Assam Mental Hospital (Tezpur, India) - 1933-1948
Year: 1933
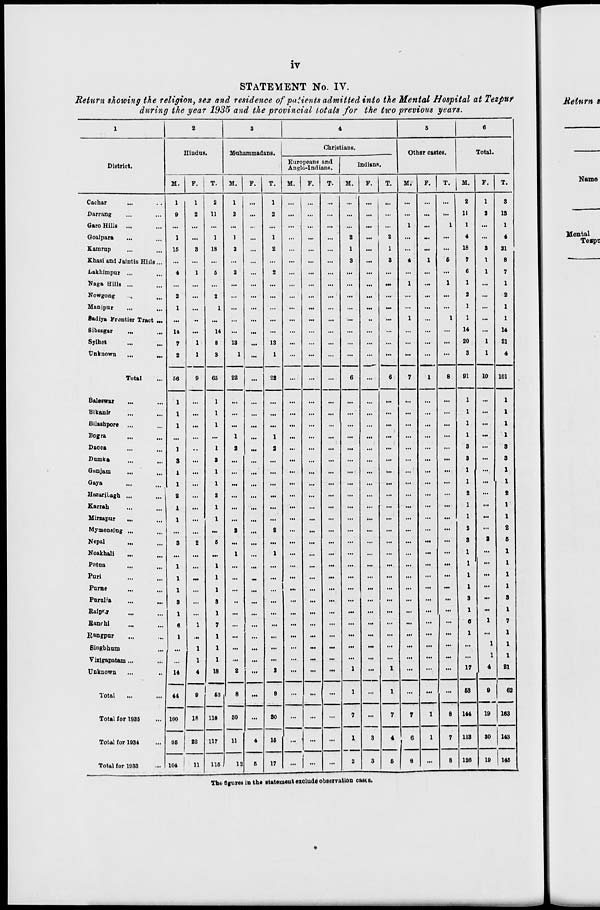
iv
STATEMENT No. IV.
Return showing the religion, sex and residence of patients admitted into the Mental Hospital at Tezpur
during the year 1935 and the provincial totals for the two previous years.
1
District.
Cachar
... ...
Darrang ... ...
Garo Hills ... ...
Goalpara ... ...
Kamrup ... ...
Khasi and Jaintia Hills ...
Lakhimpur ... ...
Naga Hills ... ...
Nowgong ... ...
Manipur
... ...
Sadiya Frontier Tract ...
Sibsagar ... ...
Sylhet ... ...
Unknown
...
...
Total ...
Baleswar ... ...
Bikanir ... ...
Bilashpore ... ...
Bogra
...
...
Dacca ... ...
Dumka ... ...
Ganjam ... ...
Gaya ... ...
Hazaribagh ...
...
Karrah ... ...
Mirzapur
... ...
Mymensing ... ...
Nepal ... ...
Noakhali ... ...
Patna ... ...
Puri
...
...
Purne
... ...
Purulia ... ...
Raipur ... ...
Ranchi ... ...
Rangpur ... ...
Singbhum ...
Vizigapatam ... ...
Unknown ... ...
Total ... ...
Total for 1935 ...
Total for 1934 ...
Total for 1933 ...
2
Hindus.
M.
1
9
...
1
15
...
4
...
2
1
...
14
7
2
66
1
1
1
...
1
3
1
1
2
1
1
...
8
...
1
1
1
8
1
6
1
...
14
44
100
95
104
F.
1
2
...
...
3
...
1
...
...
...
...
...
1
1
9
...
...
...
...
...
...
...
...
...
...
...
2
...
...
...
...
...
...
1
...
1
1
4
9
18
22
11
T.
2
11
...
1
18
...
6
...
2
1
...
14
8
3
65
1
1
1
...
1
8
1
1
2
1
1
...
6
...
1
1
1
8
1
7
1
1
1
18
53
118
117
115
3
Muhammadans.
M.
1
2
...
1
2
...
2
...
...
...
...
...
13
1
22
...
...
...
1
2
...
...
...
...
...
...
2
...
1
...
...
...
..
...
...
...
...
...
2
8
30
11
12
F.
...
...
...
...
...
...
...
...
...
...
...
...
...
...
...
...
...
...
...
...
...
...
...
...
...
...
...
...
...
...
...
...
...
...
...
...
...
...
...
...
...
4
5
T.
1
2
...
1
2
...
2
...
...
...
...
...
13
1
22
...
...
...
1
2
...
...
...
...
...
...
2
...
1
...
...
...
...
...
...
...
...
...
2
8
80
16
17
4
Christians.
Europeans and
Anglo-Indians.
M.
...
...
...
...
...
...
...
...
...
...
...
...
...
...
...
...
...
...
...
...
...
...
...
...
...
...
...
...
...
...
...
...
...
...
...
...
...
...
...
...
...
...
...
F.
...
...
...
...
...
...
...
...
...
...
...
...
...
...
...
...
...
...
...
...
...
...
...
...
...
...
...
...
...
...
...
...
...
...
...
...
...
...
...
...
...
...
...
T.
...
...
...
...
...
...
...
...
...
...
...
...
...
...
...
...
...
...
...
...
...
...
...
...
...
...
...
...
...
...
...
...
...
...
...
...
...
...
...
...
...
...
...
Indians.
M.
...
...
...
2
1
3
...
...
...
...
...
...
...
...
6
...
...
...
...
...
...
...
...
...
...
...
...
...
...
...
...
...
...
...
...
...
...
...
1
1
7
1
2
F.
...
...
...
...
...
...
...
...
...
...
...
...
...
...
...
...
...
...
...
...
...
...
...
...
...
...
...
...
...
...
...
...
...
...
...
...
...
...
...
...
...
3
8
T.
...
...
...
2
1
8
...
...
...
...
...
...
...
6
...
...
...
...
...
...
...
...
...
...
...
...
...
...
...
...
...
...
...
...
...
...
...
1
1
7
4
6
5
Other castes.
M.
...
...
1
...
...
4
...
1
...
...
1
...
...
...
7
...
...
...
...
...
...
...
...
...
...
...
...
...
...
...
...
...
...
...
...
...
...
...
...
...
7
6
8
F.
...
...
...
...
...
1
...
...
...
...
...
...
...
...
1
...
...
...
...
...
...
...
...
...
...
...
...
...
...
...
...
...
...
...
...
...
...
...
...
...
1
1
...
T.
...
...
1
...
...
6
...
1
...
...
1
...
...
...
8
...
...
...
...
...
...
...
...
...
...
...
...
...
...
...
...
...
...
...
...
...
...
...
...
...
8
7
8
6
Total.
M.
2
11
1
4
18
7
6
1
2
1
1
14
20
3
91
1
1
1
1
3
3
1
1
2
1
1
2
8
1
1
1
1
3
1
6
1
...
...
17
53
144
113
126
F.
1
2
...
...
3
1
1
...
...
...
...
...
1
1
10
...
...
...
...
...
...
...
...
...
...
...
...
2
...
...
...
...
...
...
1
...
1
1
4
9
19
30
19
T.
3
13
1
4
21
8
7
1
2
1
1
14
21
4
101
1
1
1
1
3
3
1
1
2
1
1
2
9
1
1
1
1
3
1
7
1
1
1
21
62
163
143
145
The figures in the statement exclude observation cases.